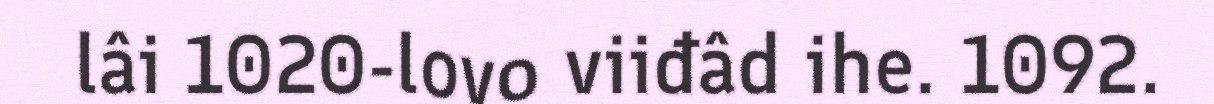
lâi 1020-lovo viiđâd ihe. 1092.